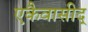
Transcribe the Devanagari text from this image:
एकैवासीद्